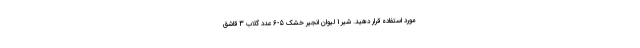
مورد استفاده قرار دهید. شیر 1 لیوان انجیر خشک 5-6 عدد گلاب 3 قاشق